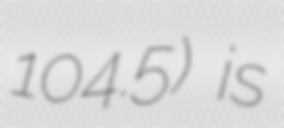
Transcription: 104.5) is